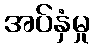
အပ်နှံမှု